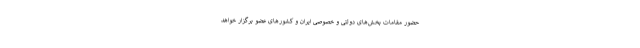
حضور مقامات بخش‌های دولتی و خصوصی ایران و کشورهای عضو برگزار خواهد